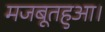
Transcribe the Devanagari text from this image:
मजबूतहुआ।